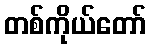
တစ်ကိုယ်တော်